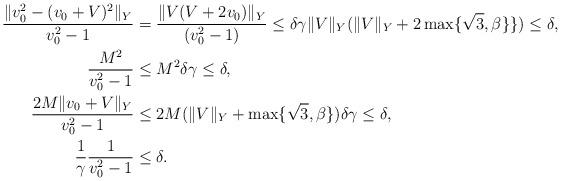
LaTeX: \begin{align*}\frac{\|v_0^2 - (v_0+V)^2\|_Y}{v_0^2-1} &= \frac{\|V (V+2v_0)\|_Y}{(v_0^2-1)}\leq \delta \gamma \|V\|_Y( \|V\|_Y+2\max\{\sqrt{3},\beta\}\}) \leq \delta,\\\frac{M^2}{v_0^2-1} &\leq M^2 \delta\gamma \leq \delta ,\\\frac{2M\|v_0+V \|_Y}{v_0^2-1} &\leq 2M (\|V\|_Y + \max\{\sqrt{3},\beta\})\delta\gamma\leq \delta,\\\frac{1}{\gamma}\frac{1}{v_0^2-1}&\leq \delta.\end{align*}